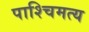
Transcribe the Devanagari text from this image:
पाश्चिमत्य